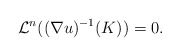
\begin{align*}\mathcal L^n((\nabla u)^{-1}(K))=0.\end{align*}